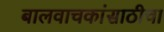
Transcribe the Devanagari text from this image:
बालवाचकांसाठीचा